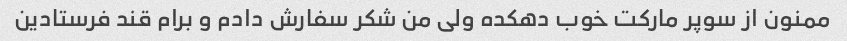
ممنون از سوپر مارکت خوب دهکده ولی من شکر سفارش دادم و برام قند فرستادین